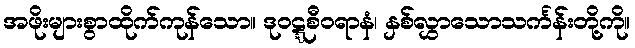
အဖိုးများစွာထိုက်ကုန်သော။ ဒုဝဋ္ဋစီဝရာနံ၊ နှစ်လွှာသောသင်္ကန်းတို့ကို။